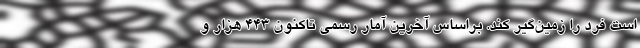
است فرد را زمین‌گیر کند. براساس آخرین آمار رسمی تاکنون ۴۴۳ هزار و